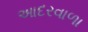
આદરવાળા